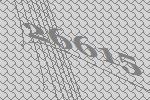
26615